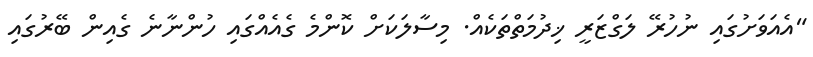
"އެއަވަށުގައި ނުހުރޭ ލަގްޒަރީ ޚިދުމަތްތަކެއް. މިސާލަކަށް ކޮންމެ ގެއެއްގައި ހުންނާނެ ގެއިން ބޭރުގައި